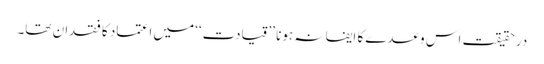
درحقیقت اس وعدے کا ایفا نہ ہونا ’’قیادت‘‘ میں اعتماد کا فقدان تھا۔